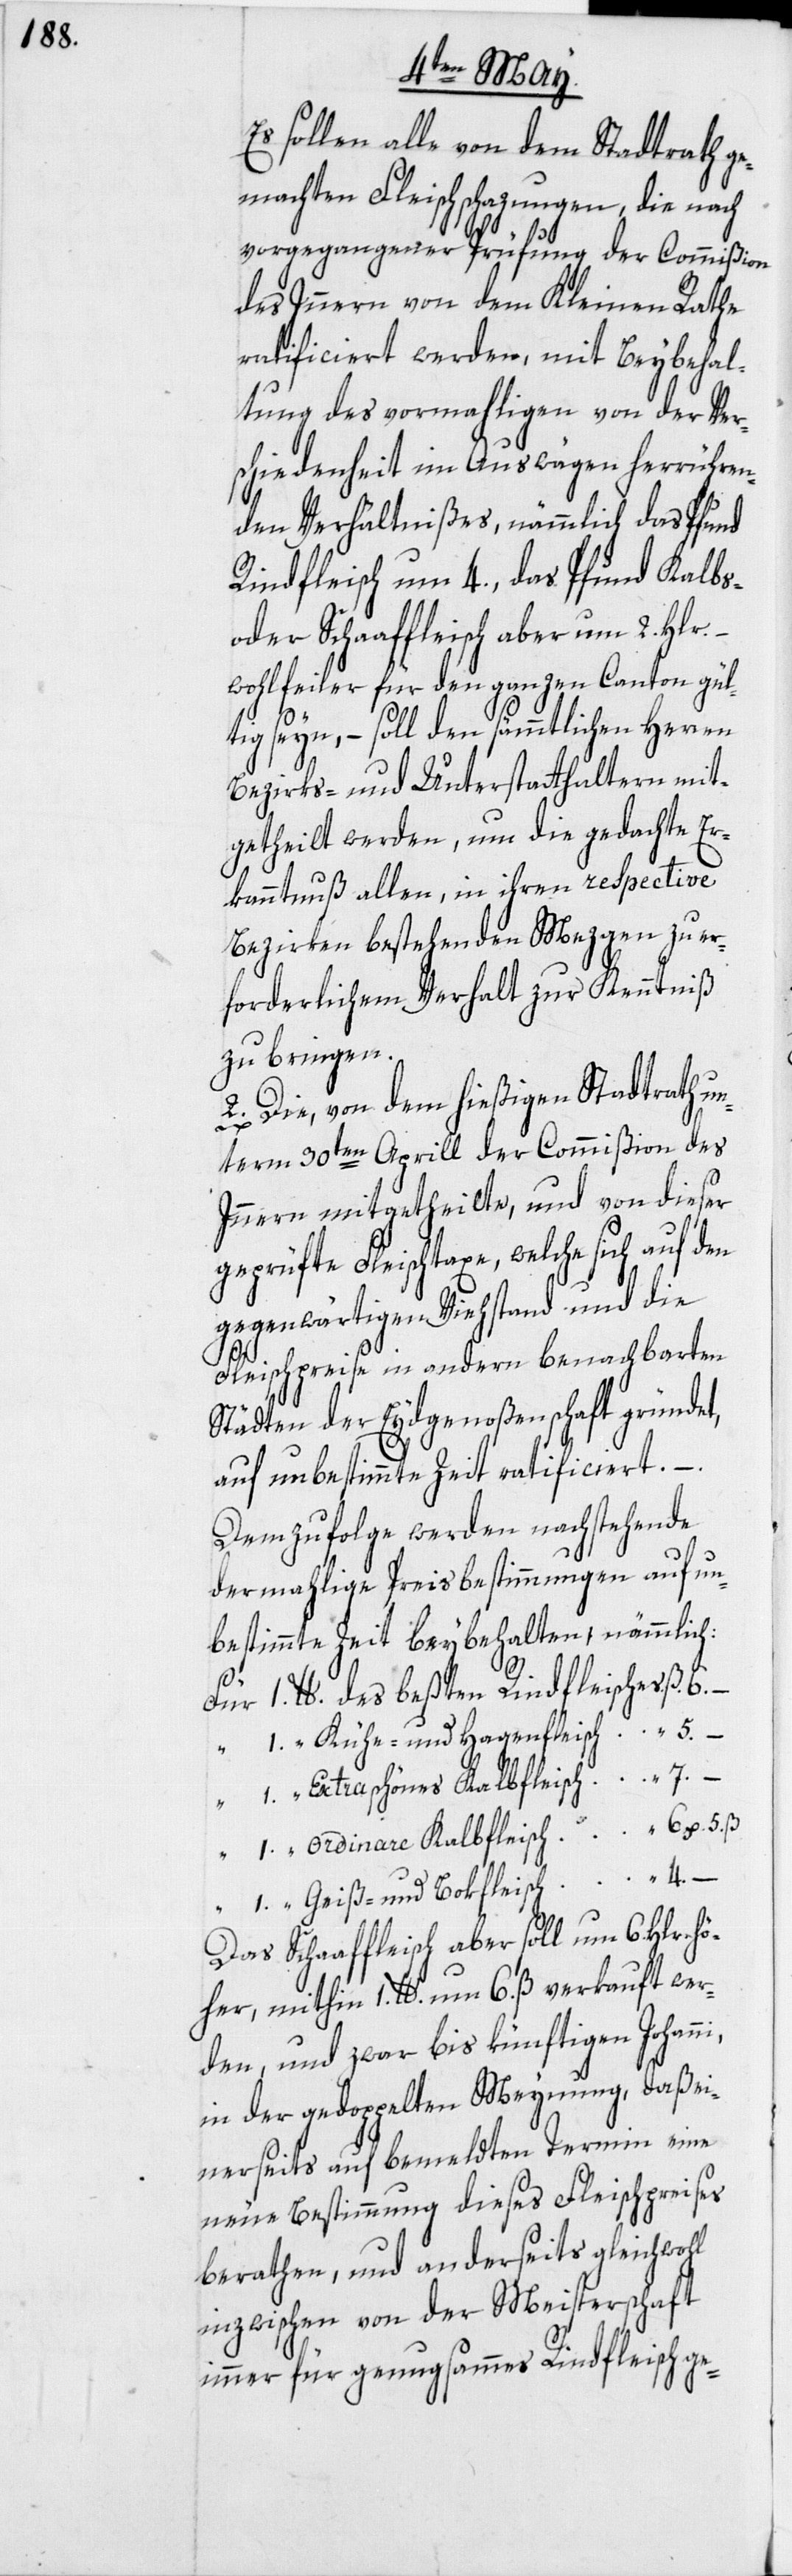
Es sollen alle von dem Stadtrath ge¬
machten Fleischschazungen, die nach
vorgegangener Prüfung der Commißion
des Innern von dem Kleinen Rathe
ratificiert werden, mit Beybehal¬
tung des vormahligen von der Ver¬
schiedenheit im Auswägen herrühren¬
den Verhältnißes, nämmlich das Pfund
Rindfleisch um 4., das Pfund Kalbs-
oder Schaaffleisch aber um 2. Hlr.
wohlfeiler für den ganzen Canton gül¬
tig seyn, – soll den sämmtlichen Herren
Bezirks- und Unterstatthaltern mit¬
getheilt werden, um die gedachte Er¬
kanntnuß allen, in ihren respective
Bezirken bestehenden Mezgen zu er¬
forderlichem Verhalt zur Kenntniß
zu bringen.
2. Die, von dem hießigen Stadtrath un¬
term 30ten Aprill der Commißion des
Innern mitgetheilte, und von dieser
geprüfte Fleischtaxe, welche sich auf den
gegenwärtigen Viehstand und die
Fleischpreise in andern benachbarten
Städten der Eydgenoßenschaft gründet,
auf unbestimmte Zeit ratificiert. –
Demzufolge werden nachstehende
dermahlige Preisbestimmungen auf un¬
bestimmte Zeit beybehalten, nämmlich:
Für 1. lb. des beßten Rindfleisches ß. 6. –
“ 1. “ Kühe- und Hagenfleisch “ 5. –
“ 1. “ Extra schönes Kalbfleisch “ 7. –
“ 1. “ ordinare Kalbfleisch “ 6 u. 5. ß
“ 1. “ Geiß- und Bokfleisch “ 4. –
Das Schaaffleisch aber soll um 6. Hlr. hö¬
her, mithin 1. lb. um 6. ß verkauft wer¬
den, und zwar bis künftigen Johanni,
in der gedoppelten Meynung, daß ei¬
nerseits auf bemeldten Termin eine
neue Bestimmung dieses Fleischpreises
berathen, und anderseits gleichwohl
inzwischen von der Meisterschaft
immer für genugsammes Rindfleisch ge-